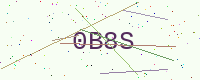
Text: 0B8S